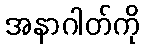
အနာဂါတ်ကို